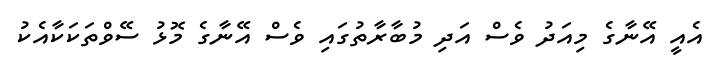
އެއީ އޭނާގެ މިއަދު ވެސް އަދި މުބާރާތުގައި ވެސް އޭނާގެ މޮޅު ސޭވްތަކަކާއެކު